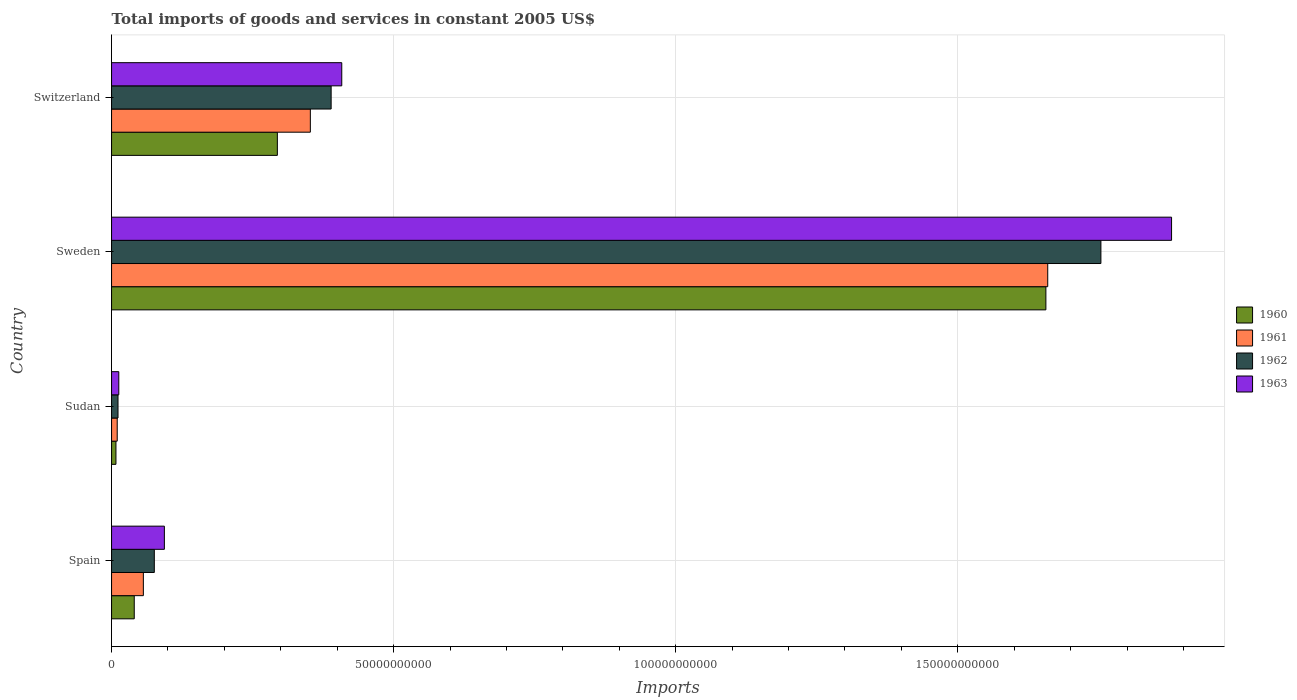
| Country | 1960 | 1961 | 1962 | 1963 |
 | --- | --- | --- | --- | --- |
 | Spain | 4.02e+09 | 5.64e+09 | 7.58e+09 | 9.36e+09 |
 | Sudan | 7.79e+08 | 1e+09 | 1.14e+09 | 1.28e+09 |
 | Sweden | 1.66e+11 | 1.66e+11 | 1.75e+11 | 1.88e+11 |
 | Switzerland | 2.94e+10 | 3.52e+10 | 3.89e+10 | 4.08e+10 |